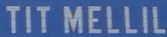
TITMELLIL